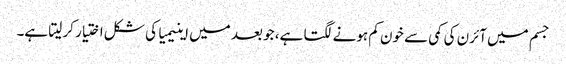
جسم میں آئرن کی کمی سے خون کم ہونے لگتا ہے، جو بعد میں اینیمیا کی شکل اختیار کر لیتا ہے۔